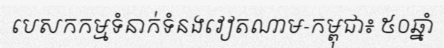
បេសកកម្មទំនាក់ទំនងវៀតណាម-កម្ពុជា៖ ៥០ឆ្នាំ